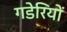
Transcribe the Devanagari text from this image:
गडेरियों